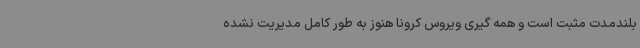
بلندمدت مثبت است و همه گیری ویروس کرونا هنوز به طور کامل مدیریت نشده